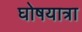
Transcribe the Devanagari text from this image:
घोषयात्रा